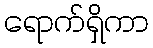
ရောက်ရှိကာ